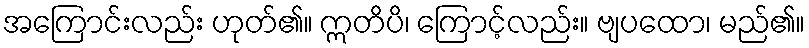
အကြောင်းလည်း ဟုတ်၏။ ဣတိပိ၊ ကြောင့်လည်း။ ဗျပထော၊ မည်၏။